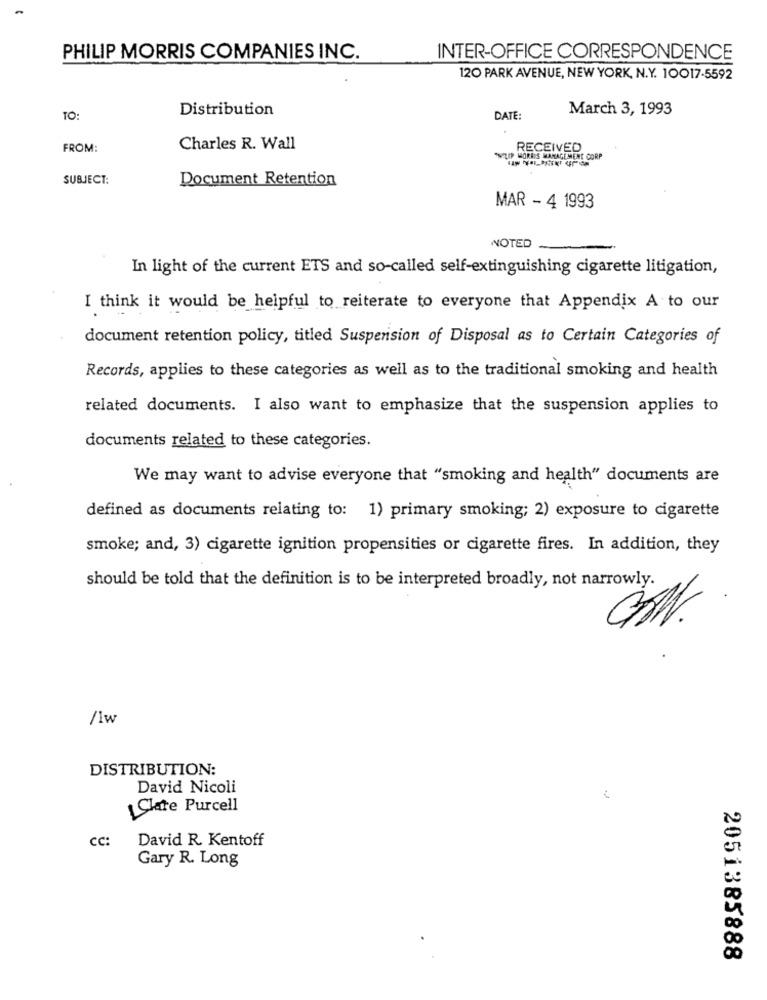
PHILIP MORRIS COMPANIES INC.
INTER-OFFICE CORRESPONDENCE
120 PARK AVENUE, NEW YORK, N.Y. 10017-5592
Distribution
March 3, 1993
TO:
DATE:
FROM:
Charles R. Wall
RECEIVED
SHELIP WORRIS MANAGEMENT CORP
SUBJECT:
Document Retention
MAR - 4 1993
NOTED
In light of the current ETS and so-called self-extinguishing cigarette litigation,
I think it would be helpful to reiterate to everyone that Appendix A to our
document retention policy, titled Suspension of Disposal as to Certain Categories of
Records, applies to these categories as well as to the traditional smoking and health
related documents. I also want to emphasize that the suspension applies to
documents related to these categories.
We may want to advise everyone that "smoking and health" documents are
defined as documents relating to: 1) primary smoking; 2) exposure to cigarette
smoke; and, 3) cigarette ignition propensities or cigarette fires. In addition, they
should be told that the definition is to be interpreted broadly, not narrowly.
/1w
DISTRIBUTION:
David Nicoli
Clare Purcell
CC:
David R. Kentoff
Gary R. Long
2051385888